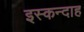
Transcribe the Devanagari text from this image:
इस्कन्दाह